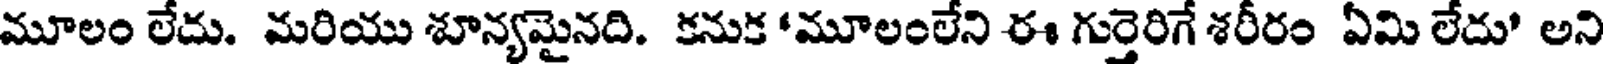
మూలం లేదు. మరియు శూన్యమైనది. కనుక 'మూలంలేని ఈ గుర్తెరిగే శరీరం ఏమి లేదు' అని